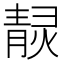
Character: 𤎓